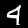
Label: 4